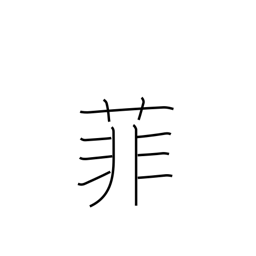
Meaning: inferior